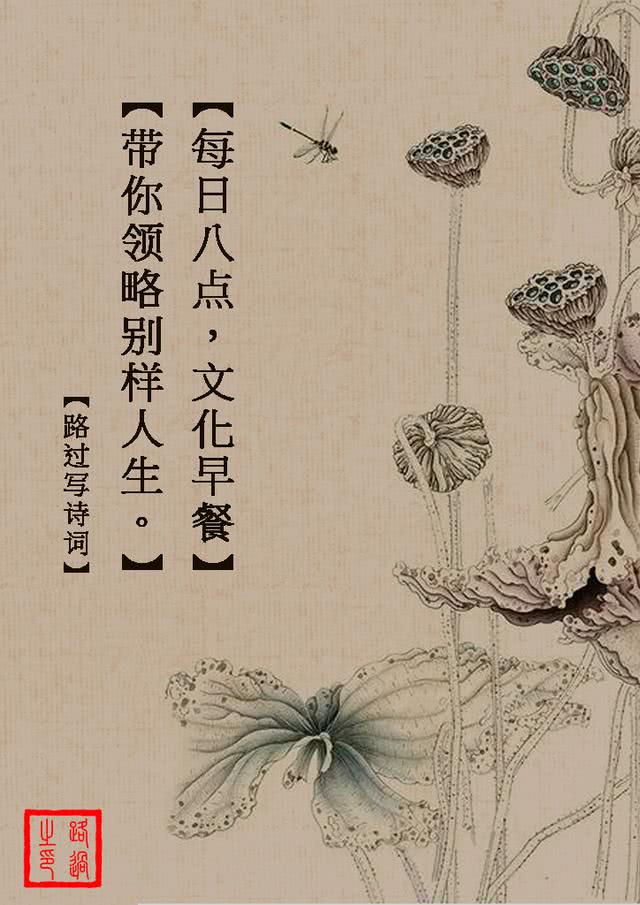
青枫江上秋帆远，白帝城边古木疏。